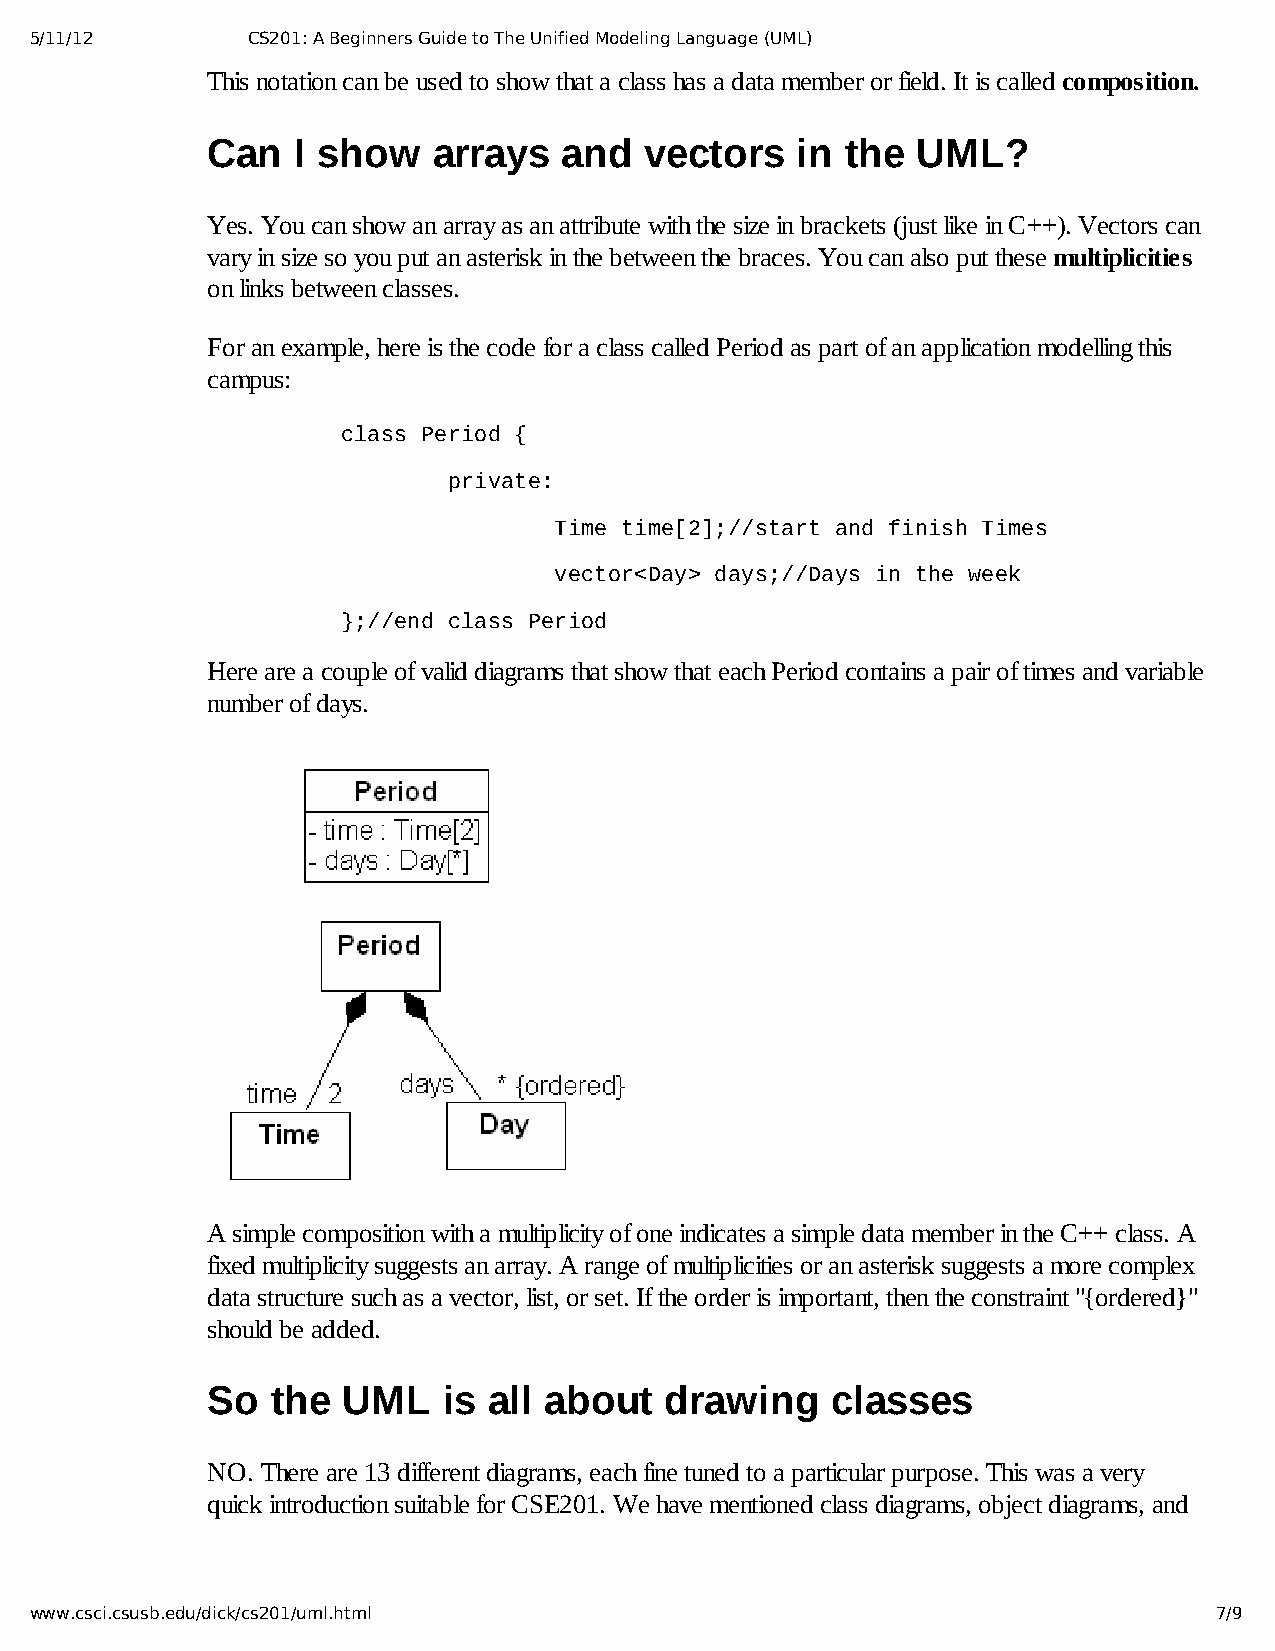
5/11/12       CS201: A Beginners Guide to The Unified Modeling Language (UML)
 This notation can be used to show that a class has a data member or field. It is called composition.
 Can  I show    arrays  and   vectors   in the  UML?
 Yes. You can show an array as an attribute with the size in brackets (just like in C++). Vectors can
 vary in size so you put an asterisk in the between the braces. You can also put these multiplicities
 on links between classes.
 For an example, here is the code for a class called Period as part of an application modelling this
 campus:
 class Period {
 private:
 Time time[2];//start and finish Times
 vector<Day> days;//Days in the week
 };//end class Period
 Here are a couple of valid diagrams that show that each Period contains a pair of times and variable
 number of days.
 A simple composition with a multiplicity of one indicates a simple data member in the C++ class. A
 fixed multiplicity suggests an array. A range of multiplicities or an asterisk suggests a more complex
 data structure such as a vector, list, or set. If the order is important, then the constraint "{ordered}"
 should be added.
 So  the  UML   is all about   drawing    classes
 NO. There are 13 different diagrams, each fine tuned to a particular purpose. This was a very
 quick introduction suitable for CSE201. We have mentioned class diagrams, object diagrams, and
 www.csci.csusb.edu/dick/cs201/uml.html                                         7/9